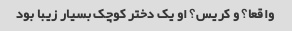
واقعا؟ و کریس؟ او یک دختر کوچک بسیار زیبا بود